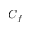
C _ { f }